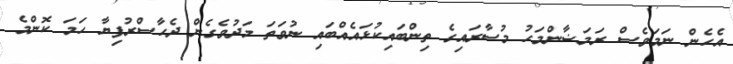
އެހެން ނަމަވެސް ރަމަޟާންމަހު މުސާރައިގެ ތިންބައިކުޅައެއްބައި ނުވަތަ މަދުވެގެން ދެހާސްރުފިޔާ ހަމަ ކޮންމެ